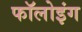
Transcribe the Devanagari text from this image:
फॉलोइंग